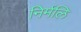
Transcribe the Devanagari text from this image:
निर्मलि